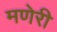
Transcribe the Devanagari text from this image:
मणेरी